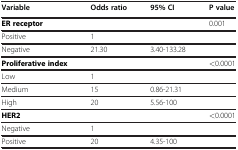
| Variable | Odds ratio | 95% CI | P value |
 | --- | --- | --- | --- |
 | ER receptor |  |  | 0.001 |
 | Positive | 1 |  |  |
 | Negative | 21.30 | 3.40-133.28 |  |
 | Proliferative index |  |  | <0.0001 |
 | Low | 1 |  |  |
 | Medium | 15 | 0.86-21.31 |  |
 | High | 20 | 5.56-100 |  |
 | HER2 |  |  | <0.0001 |
 | Negative | 1 |  |  |
 | Positive | 20 | 4.35-100 |  |